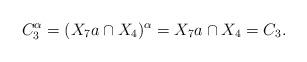
LaTeX: \begin{align*}C_3^{\alpha}=(X_7a\cap X_4)^{\alpha}=X_7a\cap X_4=C_3.\end{align*}